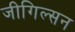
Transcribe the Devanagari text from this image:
जीगिल्सन